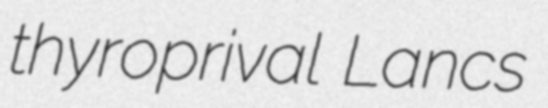
thyroprival Lancs